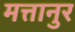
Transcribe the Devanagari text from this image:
मत्तानुर